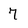
Character: 7